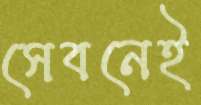
সেবনেই